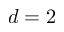
d = 2